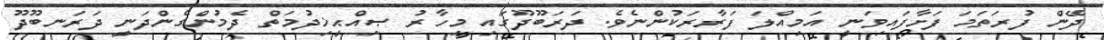
ދޭން ފުރަތަމަ ފަށާފައިވަނީ އަމިއްލަ ފަރާރަކުންނެވެ. ދަރަބޫދޫގައި މިހާރު ޞިއްޙީޚިދުމަތް ދެމުންގެންދަނީ ދަރަނބޫދޫ